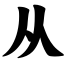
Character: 从